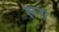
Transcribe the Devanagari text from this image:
रूग